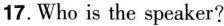
17.Who is the speaker?